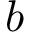
b